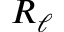
R _ { \ell }